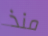
منذ